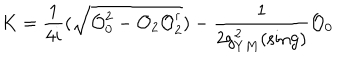
LaTeX: K = \frac { 1 } { 4 i } ( \sqrt { { \cal O } _ { 0 } ^ { 2 } - { \cal O } _ { 2 } { \cal O } _ { 2 } ^ { \dagger } } ) - \frac { 1 } { 2 g _ { Y M } ^ { 2 } ( \mathrm { s i n g } ) } { \cal O } _ { 0 }